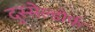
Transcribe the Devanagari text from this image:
दुस्सेल्डोर्फ